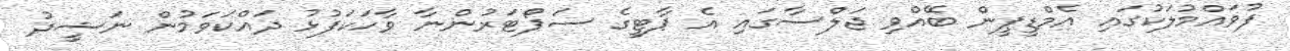
ފުވައްމުލަކުގައި އެމްޑީޕީން ބޭއްވި ޖަލްސާގައި އެ ޕާޓީގެ ސަޕޯޓަރުންނާ ވާހަކަފުޅު ދައްކަވަމުން ނަޝީދު